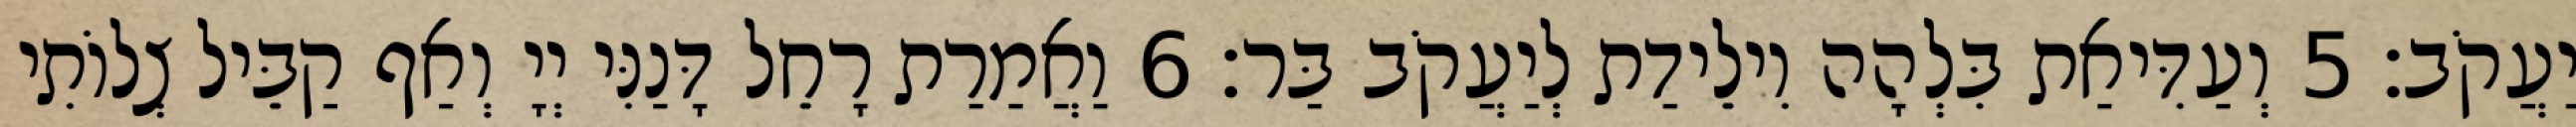
יַעֲקֹב׃ 5 וְעַדִּיאַת בִּלְהָה וִילֵידַת לְיַעֲקֹב בַּר׃ 6 וַאֲמַרַת רָחֵל דָּנַנִּי יְיָ וְאַף קַבֵּיל צְלוֹתִי